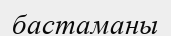
бастаманы